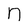
Character: n